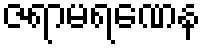
ဇရာမရဏေန